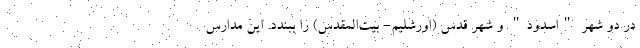
در دو شهر "اسدود" و شهر قدس (اورشلیم- بیت‌المقدس) را ببندد. این مدارس